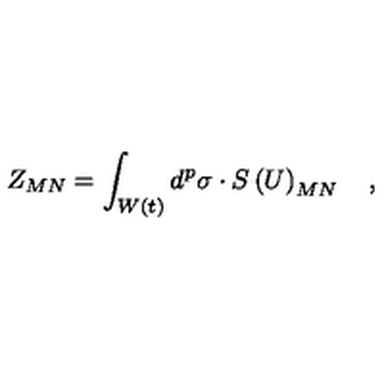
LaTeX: Z _ { M N } = \int _ { W \left( t \right) } d ^ { p } \sigma \cdot S \left( U \right) _ { M N } \quad ,